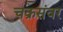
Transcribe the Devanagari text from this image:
चक्रसंवर